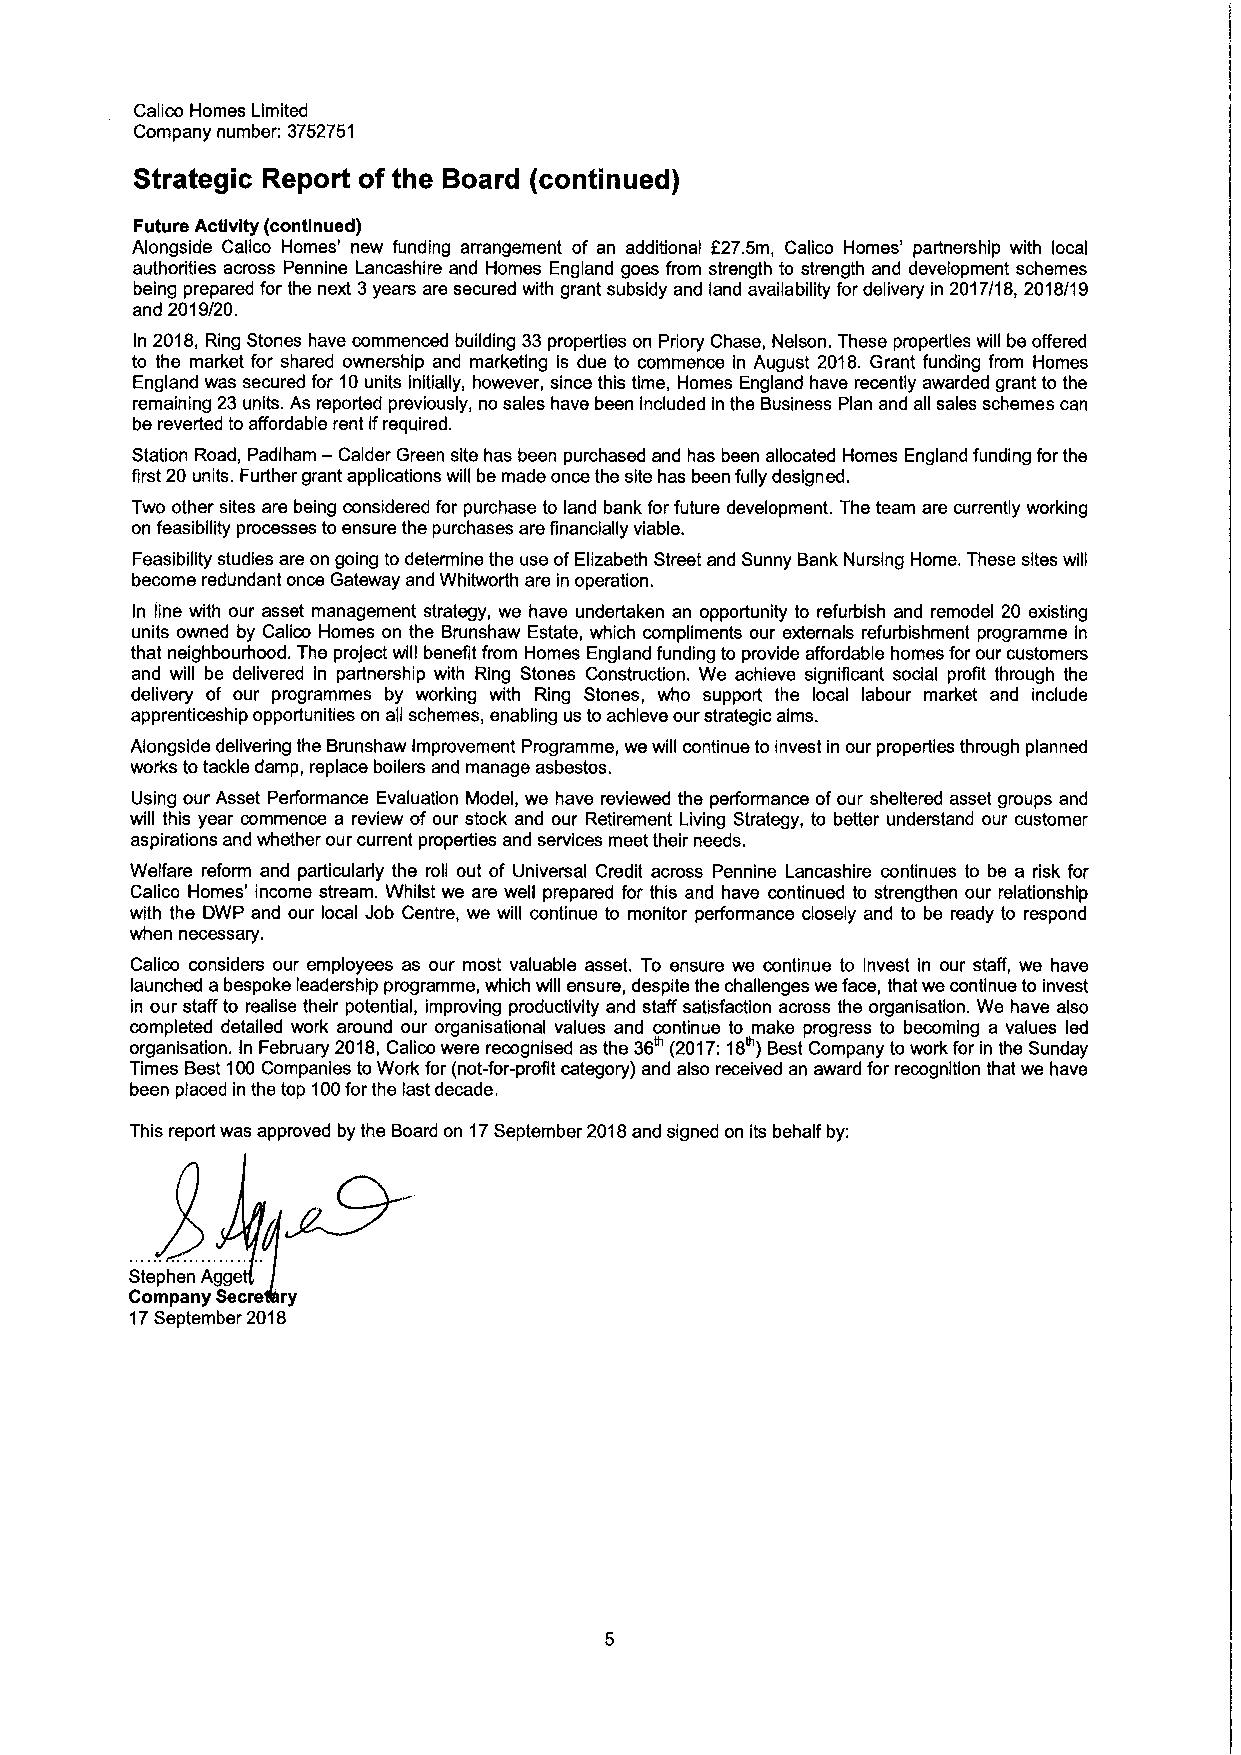
Calico Homes Limited
 Company number: 3752751
 Strategic Report of the Board (continued)
 Future Activity (continued)
 Alongside Calico Homes' new funding arrangement of an additional f27.5m, Calico Homes' partnership with local
 authorities across Pennine Lancashire and Homes England goes from strength to strength and development schemes
 being prepared for the next 3years are secured with grant subsidy and land availability for delivery in 2017/18, 2018/19
 and 2019/20.
 In 2018, Ring Stones have commenced building 33properties on Priory Chase, Nelson. These properties will be offered
 to the market for shared ownership and marketing is due to commence in August 2018. Grant funding from Homes
 England was secured for 10units initially, however, since this time, Homes England have recently awarded grant to the
 remaining 23units. As reported previously, no sales have been included in the Business Plan and all sales schemes can
 be reverted to affordable rent ifrequired.
 —
 Station Road, Padiham Calder Green site has been purchased and has been allocated Homes England funding for the
 first 20 units. Further grant applications will be made once the site has been fully designed.
 Two other sites are being considered for purchase to land bank for future development. The team are currently working
 on feasibility processes to ensure the purchases are financially viable.
 Feasibility studies are on going to determine the use ofElizabeth Street and Sunny Bank Nursing Home. These sites will
 become redundant once Gateway and Whitworth are in operation.
 In line with our asset management strategy, we have undertaken an opportunity to refurbish and remodel 20 existing
 units owned by Calico Homes on the Brunshaw Estate, which compliments our externals refurbishment programme in
 that neighbourhood. The project will benefit from Homes England funding to provide affordable homes for our customers
 and will be delivered in partnership with Ring Stones Construction. We achieve significant social profit through the
 delivery of our programmes by working with Ring Stones, who support the local labour market and include
 apprenticeship opportunities on all schemes, enabling us toachieve our strategic alms.
 Alongside delivering the Brunshaw Improvement Programme, we will continue to invest in our properties through planned
 works totackle damp, replace boilers and manage asbestos.
 Using our Asset Performance Evaluation Model, we have reviewed the performance ofour sheltered asset groups and
 will this year commence a review of our stock and our Retirement Living Strategy, to better understand our customer
 aspirations and whether our current properties and services meet their needs.
 Welfare reform and particularly the roll out of Universal Credit across Pennine Lancashire continues to be a risk for
 Calico Homes' income stream. Whilst we are well prepared for this and have continued to strengthen our relationship
 with the DWP and our local Job Centre, we will continue to monitor performance closely and to be ready to respond
 when necessary.
 Calico considers our employees as our most valuable asset. To ensure we continue to Invest in our staff, we have
 launched a bespoke leadership programme, which will ensure, despite the challenges we face, that we continue to invest
 in our staff to realise their potential, improving productivity and staff satisfaction across the organlsatlon. We have also
 completed detailed work around our organisational values and continue to make progress to becoming a values led
 organisation. In February 2018,Calico were recognised as the 36 (2017:18 )Best Company to work for in the Sunday
 Times Best 100Companies to Work for (not-for-profit category) and also received an award for recognitlon that we have
 been placed in the top 100forthe last decade.
 This report was approved by the Board on 17September 2018and signed on its behalf by:
 Stephen Agge
 Company Secre ry
 17September 2018